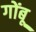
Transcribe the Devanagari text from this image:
गोंबू